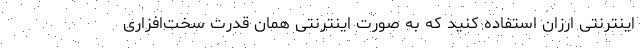
اینترنتی ارزان استفاده کنید که به صورت اینترنتی همان قدرت سخت‌افزاری